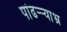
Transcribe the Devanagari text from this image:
पांढऱ्र्‍याभ्र